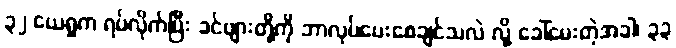
၃၂ ယေရှုက ရပ်လိုက်ပြီး ခင်ဗျားတို့ကို ဘာလုပ်ပေးစေချင်သလဲ လို့ ခေါ်မေးတဲ့အခါ၊ ၃၃